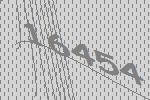
16454